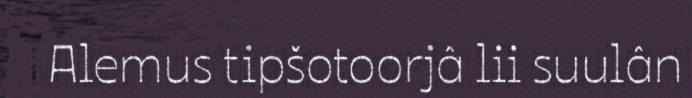
Alemus tipšotoorjâ lii suulân